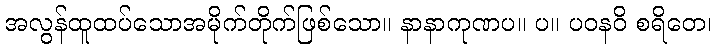
အလွန်ထူထပ်သောအမိုက်တိုက်ဖြစ်သော။ နာနာကုဏပ။ ပ။ ပဝနဝိ စရိတေ၊